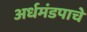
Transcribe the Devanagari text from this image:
अर्धमंडपाचे